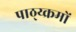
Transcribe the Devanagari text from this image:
पाठ्य्क्रमों